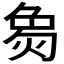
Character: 𬊟